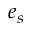
e _ { s }